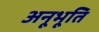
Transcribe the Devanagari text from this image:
अनूभूति